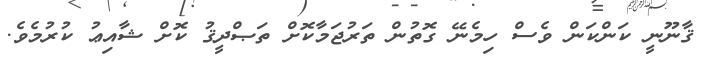
ޤާނޫނީ ކަންކަން ވެސް ހިމެނޭ ގޮތުން ތަރުޖަމާކޮށް ތަޞްދީޤު ކޮށް ޝާއިޢު ކުރުމެވެ.